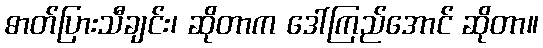
ဓာတ်ပြားသီချင်း၊ ဆိုတာက ဒေါ်ကြည်အောင် ဆိုတာ။